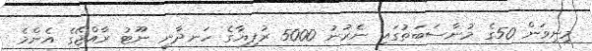
މިނިވަން 50ގެ މުނާސަބަތުގައި ނެރުނު 5000 ރުފިޔާގެ ހަނދާނީ ނޫޓު ރާއްޖޭގެ އެންމެ